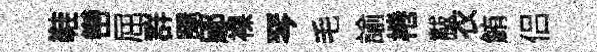
鞋巒屈群颺鄔裸琴毛諭棬黻衣鮪侣